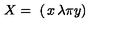
X = \ \left( \begin{matrix} { x } & { \lambda } \\ { \pi } & { y } \\ \end{matrix} \right)